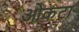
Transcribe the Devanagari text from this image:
ओकटा